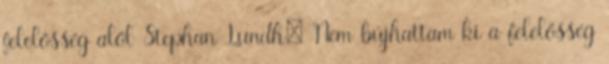
felelősség alól Stephan Lundh: Nem bújhattam ki a felelősség